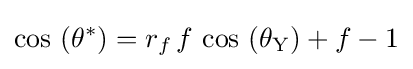
\cos \,\left(\theta ^{*}\right)=r_{f}\,f\,\cos \,\left(\theta _{\text{Y}}\right)+f-1